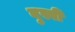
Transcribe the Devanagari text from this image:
बुस्वी